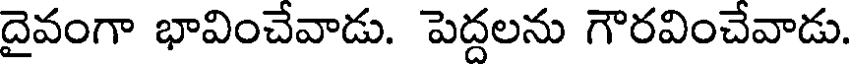
దైవంగా భావించేవాడు. పెద్దలను గౌరవించేవాడు.